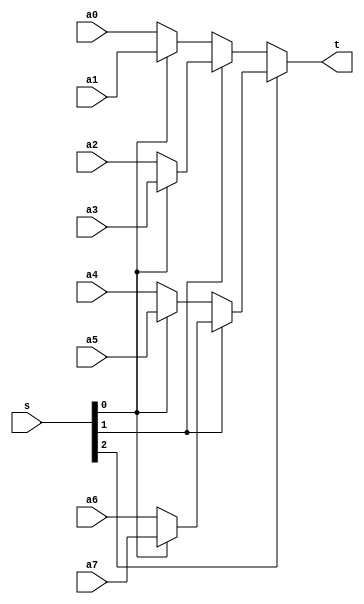
`timescale 1ns / 1ps
//////////////////////////////////////////////////////////////////////////////////
// Company: 
// Engineer: 
// 
// Design Name: 
// Module Name: mux8x32
// Project Name: 
// Target Devices: 
// Tool Versions: 
// Description: 
// 
// Dependencies: 
// 
// Revision:
// Revision 0.01 - File Created
// Additional Comments:
// 
//////////////////////////////////////////////////////////////////////////////////


module mux8x32(a0,a1,a2,a3,a4,a5,a6,a7,s,t);
    input [31:0] a0,a1,a2,a3,a4,a5,a6,a7;
    input [2:0] s;
    output [31:0] t;
    assign t =
    s[2]?(s[1]?(s[0]?a7:a6):(s[0]?a5:a4)):(s[1]?(s[0]?a3:a2):(s[0]?a1:a0));
    /*
    function [31:0] select;
        input [31:0] a0,a1,a2,a3,a4,a5,a6,a7;
        input [2:0] s;
                case (s)
                    3'b000:select = a0;
                    3'b001:select = a1;
                    3'b010:select = a2;
                    3'b011:select = a3;
                    3'b100:select = a4;
                    3'b101:select = a5;
                    3'b110:select = a6;
                    3'b111:select = a7;
                endcase
            endfunction
     assign y = select(a0,a1,a2,a3,a4,a5,a6,a7,s);
   */
endmodule